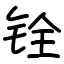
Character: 铨